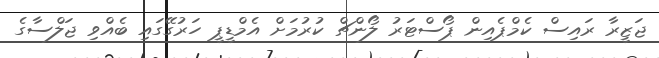
ޖަޒީރާ ރައިސް ކެމްޕެއިން ޕޯސްޓަރު ލޯންޗް ކުރުމަށް އެމްޑީޕީ ހަރުގޭގައި ބެއްވި ޖަލްސާގެ